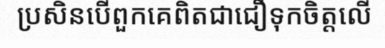
ប្រសិនបើពួកគេពិតជាជឿទុកចិត្តលើ